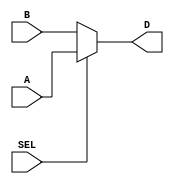
`timescale 1ns / 1ps
//////////////////////////////////////////////////////////////////////////////////
// Company: 
// Engineer: 
// 
// Design Name: 
// Module Name: MUX2x1
// Project Name: 
// Target Devices: 
// Tool Versions: 
// Description: 
// 
// Dependencies: 
// 
// Revision:
// Revision 0.01 - File Created
// Additional Comments:
// 
//////////////////////////////////////////////////////////////////////////////////


module MUX2x1 #(parameter DATAWIDTH=64)(A,B,SEL,D);
    input [DATAWIDTH-1:0]A,B;
    input SEL;
    output reg [DATAWIDTH-1:0]D;
    
    always @(A,B,SEL)
    begin
        if (SEL == 1)
            D <= A;
        else
            D <= B;
    end
endmodule